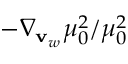
- \nabla _ { \mathbf { v } _ { w } } \mu _ { 0 } ^ { 2 } / \mu _ { 0 } ^ { 2 }